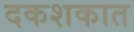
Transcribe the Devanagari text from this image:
दकशकात